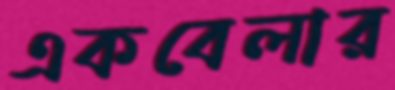
একবেলার